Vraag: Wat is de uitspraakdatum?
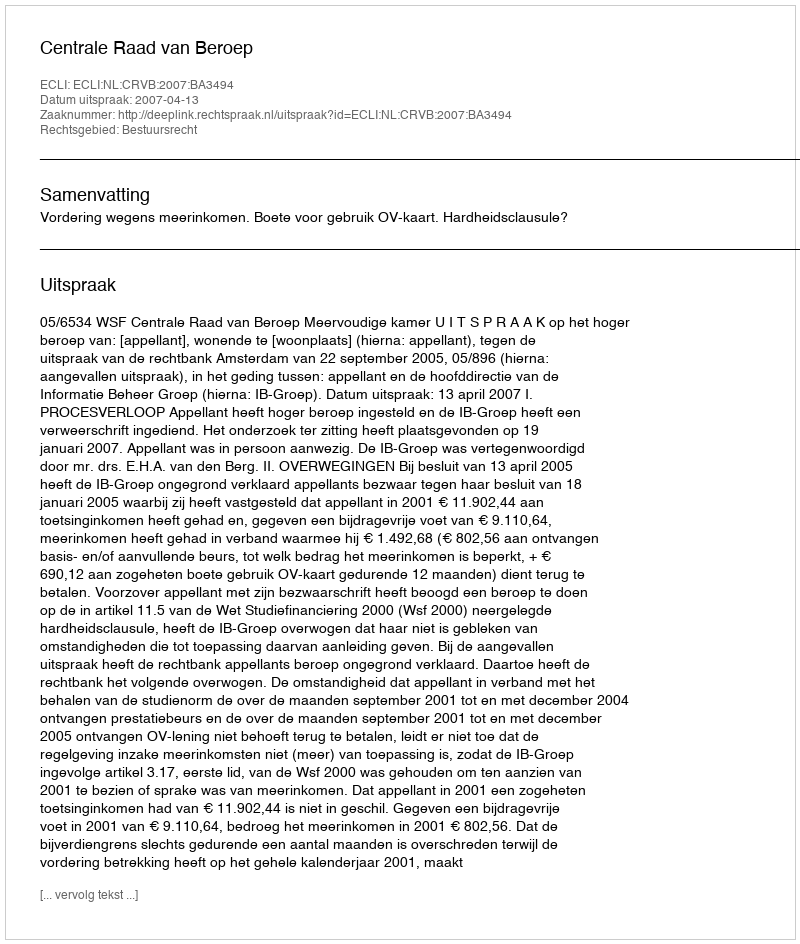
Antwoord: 2007-04-13